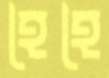
হৈহৈ